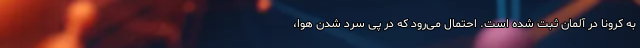
به کرونا در آلمان ثبت شده است. احتمال می‌رود که در پی سرد شدن هوا،